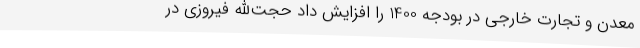
معدن و تجارت خارجی در بودجه 1400 را افزایش داد حجت‌الله فیروزی در